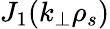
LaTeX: J_{1}(k_{\perp}\rho_{s})